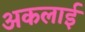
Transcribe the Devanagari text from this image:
अकलाई